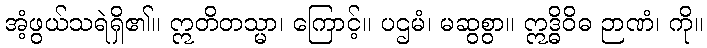
အံ့ဖွယ်သရဲရှိ၏။ ဣတိတသ္မာ၊ ကြောင့်။ ပဌမံ၊ မဆွစွာ။ ဣဒ္ဓိဝိဓ ဉာဏံ၊ ကို။